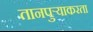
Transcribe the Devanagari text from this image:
तानपुऱ्याकरता